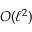
O ( \ell ^ { 2 } )